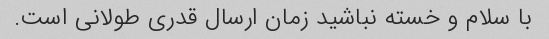
با سلام و خسته نباشید زمان ارسال قدری طولانی است.